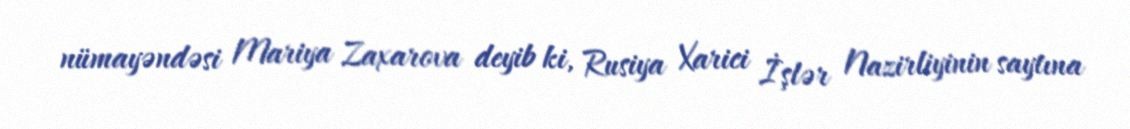
nümayəndəsi Mariya Zaxarova deyib ki, Rusiya Xarici İşlər Nazirliyinin saytına